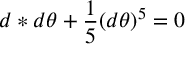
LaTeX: d * d \theta + \frac { 1 } { 5 } ( d \theta ) ^ { 5 } = 0